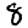
Digit: 8